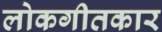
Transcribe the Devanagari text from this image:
लोकगीतकार